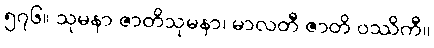
၅၇၆။ သုမနာ ဇာတိသုမနာ၊ မာလတီ ဇာတိ ဝဿိကီ။